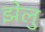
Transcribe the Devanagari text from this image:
झेलु